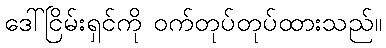
ဒေါ်ငြိမ်းရှင်ကို ဝက်တုပ်တုပ်ထားသည်။